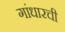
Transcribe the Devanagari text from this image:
गांधारची